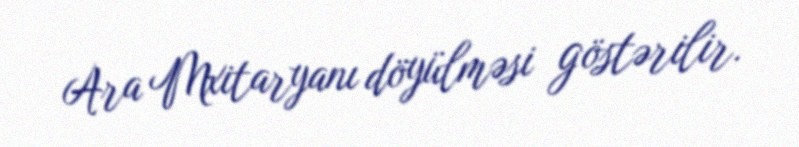
Ara Mxitaryanı döyülməsi göstərilir.